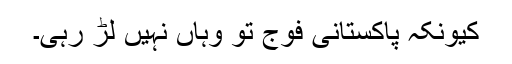
کیونکہ پاکستانی فوج تو وہاں نہیں لڑ رہی۔